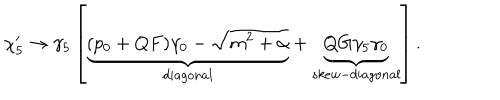
\chi _ { 5 } ^ { \prime } \rightarrow \gamma _ { 5 } \left[ \underbrace { ( p _ { 0 } + Q F ) \gamma _ { 0 } - \sqrt { m ^ { 2 } + \alpha } } _ { d i a g o n a l } + \underbrace { Q G \gamma _ { 5 } \gamma _ { 0 } } _ { s k e w - d i a g o n a l } \right] .